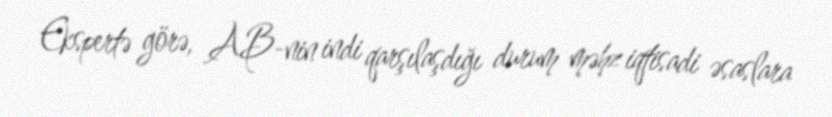
Ekspertə görə, AB-nin indi qarşılaşdığı durum məhz iqtisadi əsaslara